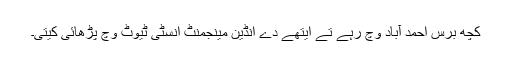
کچھ برس احمد آباد وچ رہے تے ایتھے دے انڈین مینجمنٹ انسٹی ٹیوٹ وچ پڑھائی کیتی۔